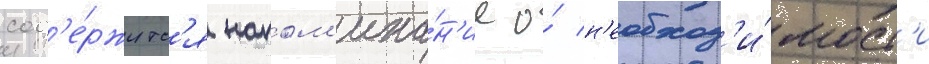
сод'е́ржитс'я напом'ина́н'ие о́ н'еобход'и́мост'и